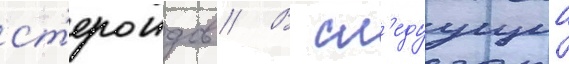
ст'ероидов // В сл'едуущии